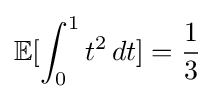
\mathbb {E} [\int _{0}^{1}t^{2}\,dt]={\frac {1}{3}}